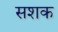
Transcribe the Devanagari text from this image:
सशक